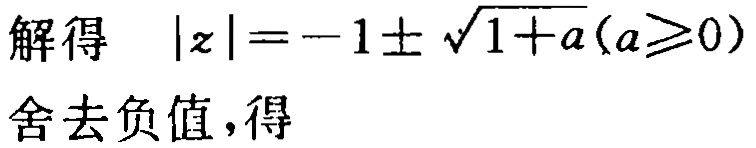
解得 \(|z|=-1\pm\sqrt{1 + a}(a\geq0)\)

舍去负值，得